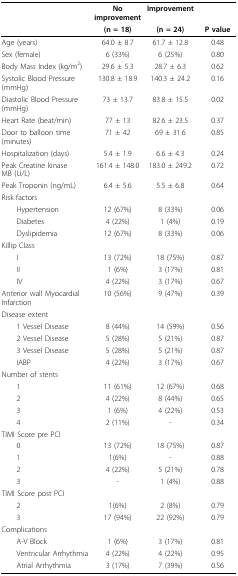
<table><thead><tr><td></td><td><b>No improvement</b></td><td><b>Improvement</b></td><td></td></tr><tr><td></td><td><b>(n = 18)</b></td><td><b>(n = 24)</b></td><td><b>P value</b></td></tr></thead><tbody><tr><td>Age (years)</td><td>64.0 ± 8.7</td><td>61.7 ± 12.8</td><td>0.48</td></tr><tr><td>Sex (female)</td><td>6 (33%)</td><td>6 (25%)</td><td>0.80</td></tr><tr><td>Body Mass Index (kg/m<sup>2</sup>)</td><td>29.6 ± 5.3</td><td>28.7 ± 6.3</td><td>0.62</td></tr><tr><td>Systolic Blood Pressure (mmHg)</td><td>130.8 ± 18.9</td><td>140.3 ± 24.2</td><td>0.16</td></tr><tr><td>Diastolic Blood Pressure (mmHg)</td><td>73 ± 13.7</td><td>83.8 ± 15.5</td><td>0.02</td></tr><tr><td>Heart Rate (beat/min)</td><td>77 ± 13</td><td>82.6 ± 23.5</td><td>0.37</td></tr><tr><td>Door to balloon time (minutes)</td><td>71 ± 42</td><td>69 ± 31.6</td><td>0.85</td></tr><tr><td>Hospitalization (days)</td><td>5.4 ± 1.9</td><td>6.6 ± 4.3</td><td>0.24</td></tr><tr><td>Peak Creatine kinase MB (U/L)</td><td>161.4 ± 148.0</td><td>183.0 ± 249.2</td><td>0.72</td></tr><tr><td>Peak Troponin (ng/mL)</td><td>6.4 ± 5.6</td><td>5.5 ± 6.8</td><td>0.64</td></tr><tr><td>Risk factors</td><td></td><td></td><td></td></tr><tr><td> Hypertension</td><td>12 (67%)</td><td>8 (33%)</td><td>0.06</td></tr><tr><td> Diabetes</td><td>4 (22%)</td><td>1 (4%)</td><td>0.19</td></tr><tr><td> Dyslipidemia</td><td>12 (67%)</td><td>8 (33%)</td><td>0.06</td></tr><tr><td>Killip Class</td><td></td><td></td><td></td></tr><tr><td> I</td><td>13 (72%)</td><td>18 (75%)</td><td>0.87</td></tr><tr><td> II</td><td>1 (6%)</td><td>3 (17%)</td><td>0.81</td></tr><tr><td> IV</td><td>4 (22%)</td><td>3 (17%)</td><td>0.67</td></tr><tr><td>Anterior wall Myocardial Infarction</td><td>10 (56%)</td><td>9 (47%)</td><td>0.39</td></tr><tr><td>Disease extent</td><td></td><td></td><td></td></tr><tr><td> 1 Vessel Disease</td><td>8 (44%)</td><td>14 (59%)</td><td>0.56</td></tr><tr><td> 2 Vessel Disease</td><td>5 (28%)</td><td>5 (21%)</td><td>0.87</td></tr><tr><td> 3 Vessel Disease</td><td>5 (28%)</td><td>5 (21%)</td><td>0.87</td></tr><tr><td> IABP</td><td>4 (22%)</td><td>3 (17%)</td><td>0.67</td></tr><tr><td>Number of stents</td><td></td><td></td><td></td></tr><tr><td> 1</td><td>11 (61%)</td><td>12 (67%)</td><td>0.68</td></tr><tr><td> 2</td><td>4 (22%)</td><td>8 (44%)</td><td>0.65</td></tr><tr><td> 3</td><td>1 (6%)</td><td>4 (22%)</td><td>0.53</td></tr><tr><td> 4</td><td>2 (11%)</td><td>-</td><td>0.34</td></tr><tr><td>TIMI Score pre PCI</td><td></td><td></td><td></td></tr><tr><td> 0</td><td>13 (72%)</td><td>18 (75%)</td><td>0.87</td></tr><tr><td> 1</td><td>1(6%)</td><td>-</td><td>0.88</td></tr><tr><td> 2</td><td>4 (22%)</td><td>5 (21%)</td><td>0.78</td></tr><tr><td> 3</td><td>-</td><td>1 (4%)</td><td>0.88</td></tr><tr><td>TIMI Score post PCI</td><td></td><td></td><td></td></tr><tr><td> 2</td><td>1(6%)</td><td>2 (8%)</td><td>0.79</td></tr><tr><td> 3</td><td>17 (94%)</td><td>22 (92%)</td><td>0.79</td></tr><tr><td>Complications</td><td></td><td></td><td></td></tr><tr><td> A-V Block</td><td>1 (6%)</td><td>3 (17%)</td><td>0.81</td></tr><tr><td> Ventricular Arrhythmia</td><td>4 (22%)</td><td>4 (22%)</td><td>0.95</td></tr><tr><td> Atrial Arrhythmia</td><td>3 (17%)</td><td>7 (39%)</td><td>0.56</td></tr></tbody></table>